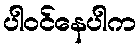
ပါဝင်နေပါက